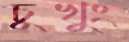
চুখুং